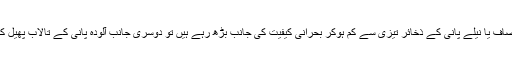
پاکستان میں ایک جانب تو صاف یا نیلے پانی کے ذخائر تیزی سے کم ہوکر بحرانی کیفیت کی جانب بڑھ رہے ہیں تو دوسری جانب آلودہ پانی کے تالاب پھیل کرایک عفریت بن چکے ہیں۔